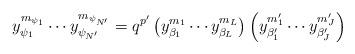
LaTeX: \begin{align*}y_{\psi_1}^{m_{\psi_1}} \cdots y_{\psi_{N'}}^{m_{\psi_{N'}}}= q^{p'}\left( y_{\beta_1}^{m_1} \cdots y_{\beta_L}^{m_L} \right) \left( y_{\beta'_1}^{m'_1} \cdots y_{\beta'_J}^{m'_J} \right)\end{align*}